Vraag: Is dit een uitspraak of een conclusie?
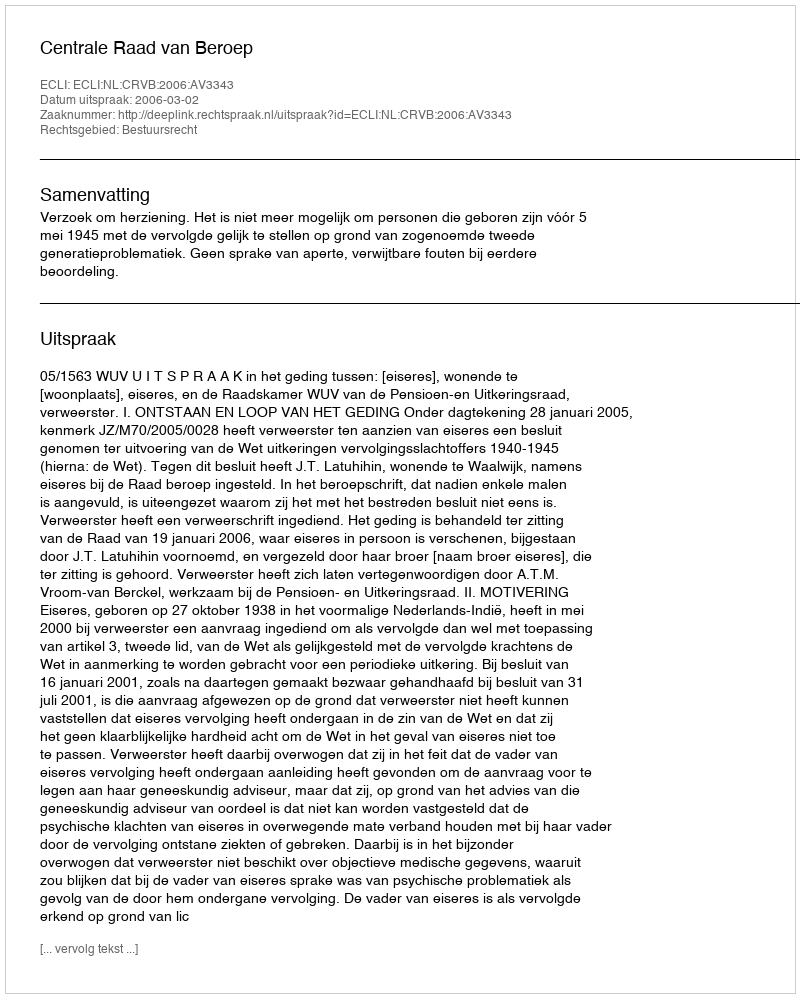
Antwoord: Uitspraak